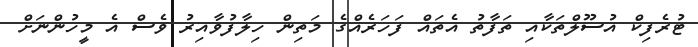
ޓުރެފިކް އުސޫލްތަކާއި ތަފާތު އެތައް ފަހަރެއްގެ މަތިން ހިލާފުވާއިރު ވެސް އެ މީހުންނަށް